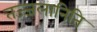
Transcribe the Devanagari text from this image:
तज्जलानिति